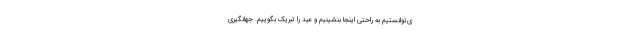
ی‌توانستیم به راحتی اینجا بنشینیم و عید را تبریک بگوییم. جهانگیری